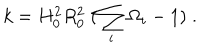
LaTeX: k = H _ { 0 } ^ { 2 } R _ { 0 } ^ { 2 } \; ( \sum _ { i } \Omega _ { i } - 1 ) \; .